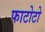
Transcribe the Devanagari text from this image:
फाटोटो